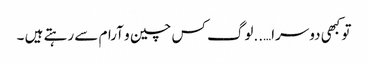
تو کبھی دوسرا…..لوگ کس چین و آرام سے رہتے ہیں ۔